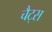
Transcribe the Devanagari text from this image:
चैट्स